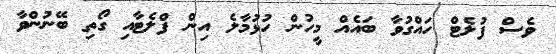
ވެސް ފުލެޓް ހައްގުވާ ބައެއް މީހުން ހުޅުމާލެ އިން ފްލެޓާއި ގޯތި ބޭނުންވާ